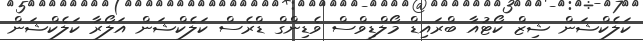
ކަލެކްޝަން ޝިޒް ކޯޓުއާ ބްރައިޑް މޯލްޑިވްސް ވެޑިންގް ޑްރެސް ކަލެކްޝަން އަލޯރާ ކަލެކްޝަން